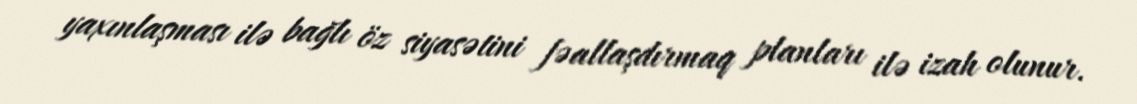
yaxınlaşması ilə bağlı öz siyasətini fəallaşdırmaq planları ilə izah olunur.